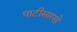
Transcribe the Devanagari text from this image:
पाटीसारखे